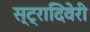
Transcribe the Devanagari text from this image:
स्ट्रादिवेरी